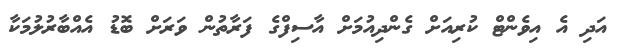
އަދި އެ އިވެންޓް ކުރިއަށް ގެންދިއުމަށް އާސިފްގެ ފަރާތުން ވަރަށް ބޮޑު އެއްބާރުލުމަކާ